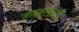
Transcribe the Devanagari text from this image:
हणबरवाडी